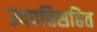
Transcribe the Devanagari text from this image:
उपपत्तिसहित